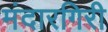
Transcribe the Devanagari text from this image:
मंदारगिरी